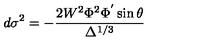
d \sigma ^ { 2 } = - \frac { 2 W ^ { 2 } \Phi ^ { 2 } \Phi ^ { ^ { \prime } } \sin \theta } { \Delta ^ { 1 / 3 } }